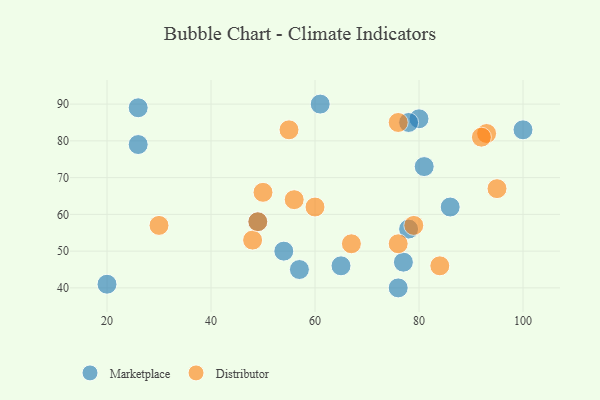
{"axis": {"x": "GDP", "y": "Life Expectancy"}, "legend": ["Distributor", "Marketplace"], "data": [{"x": "86", "y": 62, "type": "Marketplace"}, {"x": "49", "y": 58, "type": "Marketplace"}, {"x": "57", "y": 45, "type": "Marketplace"}, {"x": "54", "y": 50, "type": "Marketplace"}, {"x": "80", "y": 86, "type": "Marketplace"}, {"x": "78", "y": 85, "type": "Marketplace"}, {"x": "26", "y": 79, "type": "Marketplace"}, {"x": "77", "y": 47, "type": "Marketplace"}, {"x": "76", "y": 40, "type": "Marketplace"}, {"x": "61", "y": 90, "type": "Marketplace"}, {"x": "78", "y": 56, "type": "Marketplace"}, {"x": "81", "y": 73, "type": "Marketplace"}, {"x": "26", "y": 89, "type": "Marketplace"}, {"x": "100", "y": 83, "type": "Marketplace"}, {"x": "65", "y": 46, "type": "Marketplace"}, {"x": "20", "y": 41, "type": "Marketplace"}, {"x": "30", "y": 57, "type": "Distributor"}, {"x": "56", "y": 64, "type": "Distributor"}, {"x": "50", "y": 66, "type": "Distributor"}, {"x": "67", "y": 52, "type": "Distributor"}, {"x": "76", "y": 52, "type": "Distributor"}, {"x": "93", "y": 82, "type": "Distributor"}, {"x": "60", "y": 62, "type": "Distributor"}, {"x": "48", "y": 53, "type": "Distributor"}, {"x": "84", "y": 46, "type": "Distributor"}, {"x": "92", "y": 81, "type": "Distributor"}, {"x": "79", "y": 57, "type": "Distributor"}, {"x": "95", "y": 67, "type": "Distributor"}, {"x": "76", "y": 85, "type": "Distributor"}, {"x": "55", "y": 83, "type": "Distributor"}, {"x": "49", "y": 58, "type": "Distributor"}]}